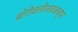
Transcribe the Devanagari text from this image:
बोरीवलीजवळच्या